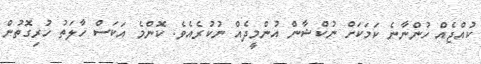
ކުއްޖެއް ހުންނާނެ ކަމަކަށް ނުކްޝާން އުންމީދެއް ނުކުރެއެވެ. ކޮންމެ އަކަސް ހާލަތު ހުރިގޮތުން